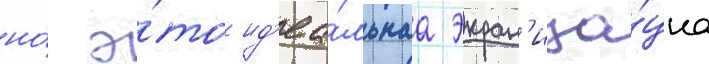
но́ э́то ид'еа́льнаа экран'иза́циа